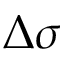
\Delta \sigma